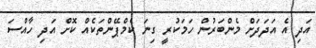
އަދި އެ އަދަދަށް މެންބަރުން ހަމަކުރީ ގިނަ ކެމްޕޭންތަކެއް ކޮށް އަދި ހާއްސަ